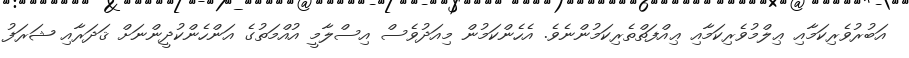
އަބުރުވެރިކަމާއި ޢިލްމުވެރިކަމާއި ޢިއްފަތްތެރިކަމުންނެވެ. އެހެންކަމުން މިއަދުވެސް އިސްލާމީ އުއްމަތުގެ އަންހެންކުދީންނަށް ޤަދަރާއި ޝަރަފު